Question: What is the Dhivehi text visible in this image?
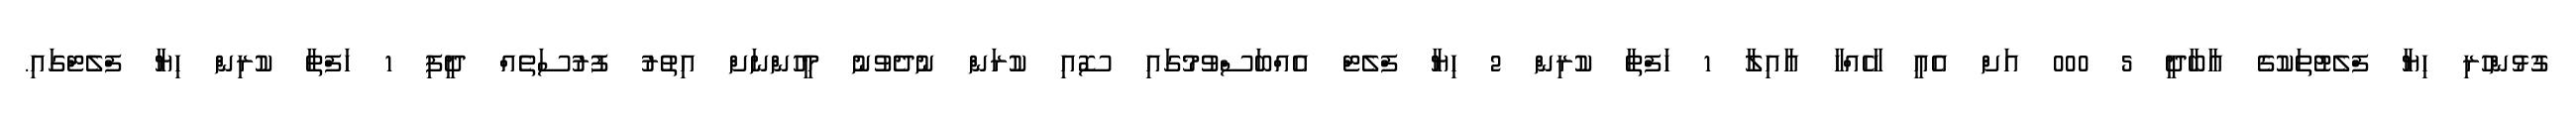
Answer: ގުޅުންހުރި ހިޔާ ފްލެޓުތަކުގެ އާބާދީ 5 000 އަށް އެއީ ހާހެއްހާ އާއިލާ 1 ހަފްތާ ކުރިން 2 ހިޔާ ފްލެޓް އެއްބަސްވުމުގައި ސޮއި ކުރަން ނުދެވުނު މީހުންނަށް އިތުރު ފުރުސަތެއް ދީފި 1 ހަފްތާ ކުރިން ހިޔާ ފްލެޓްގައި.